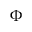
\Phi